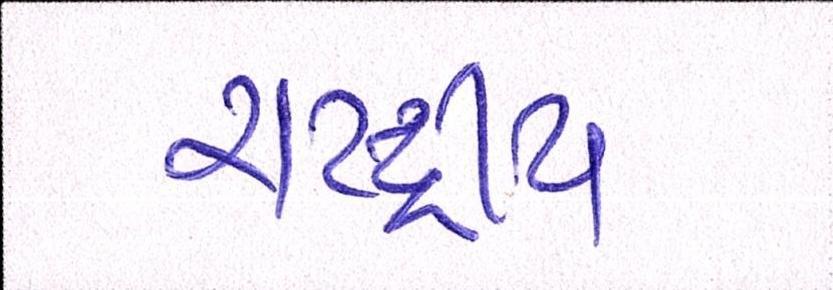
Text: રાષ્ટ્રિય